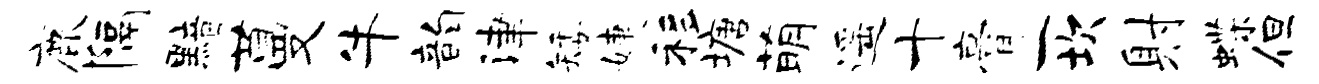
鹿隔黯蔓牛韵津矮婕移塘萌遥十膏一坎射蝶但